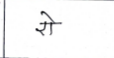
मजकूर: रो